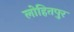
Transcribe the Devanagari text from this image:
लोहितपुर